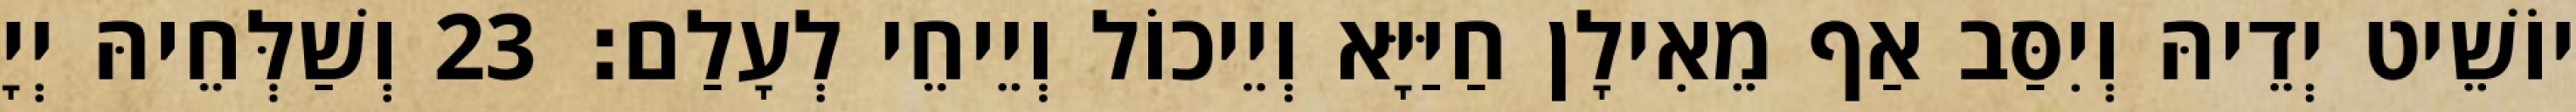
יוֹשֵׁיט יְדֵיהּ וְיִסַּב אַף מֵאִילָן חַיַּיָּא וְיֵיכוֹל וְיֵיחֵי לְעָלַם׃ 23 וְשַׁלְּחֵיהּ יְיָ